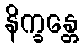
နိက္ခန္တေ